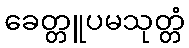
ခေတ္တူပမသုတ္တံ